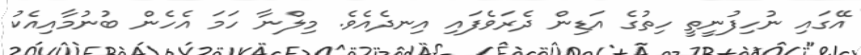
އޭގައި ނުހިފުނީތީ ހިތުގެ އަޑިން ދެރަވެފައި އިނދެއެވެ. މިލްނާ ހަމަ އެހެން ބުނުމާއިއެކު